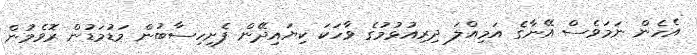
އެހެން ނަމަވެސް އޭނާގެ އަމިއްލަ ދިރިއުޅުމުގެ ވާހަކަ ކިޔައިދޭން ފެށިހިސާބުން މަޑުމަޑުން ރޮވެމުން